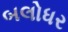
બલોધર